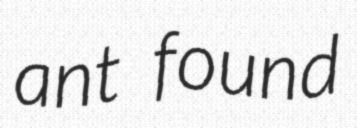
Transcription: ant found